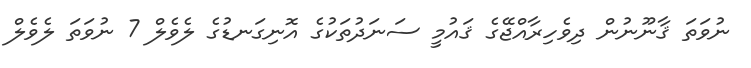
ނުވަތަ ޤާނޫނުން ދިވެހިރާއްޖޭގެ ޤައުމީ ސަނަދުތަކުގެ އޮނިގަނޑުގެ ލެވެލް 7 ނުވަތަ ލެވެލް